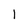
Character: 1